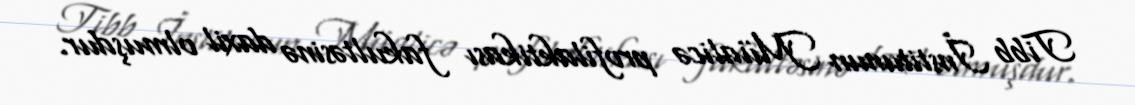
Tibb İnstitunun Müalicə profilaktikası fakultəsinə daxil olmuşdur.